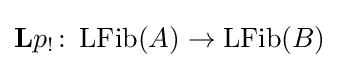
\mathbf {L} p_{!}\colon \operatorname {LFib} (A)\rightarrow \operatorname {LFib} (B)